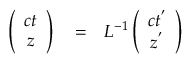
\begin{array} { r l r } { \left( \begin{array} { c c } { c t } \\ { z } \end{array} \right) } & { { } = } & { L ^ { - 1 } \left( \begin{array} { c c } { c t ^ { ' } } \\ { z ^ { ' } } \end{array} \right) } \end{array}